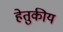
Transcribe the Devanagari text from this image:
हेतुकीय